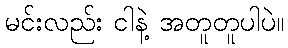
မင်းလည်း ငါနဲ့ အတူတူပါပဲ။